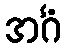
အင်္ဂံ